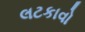
લટકાવો